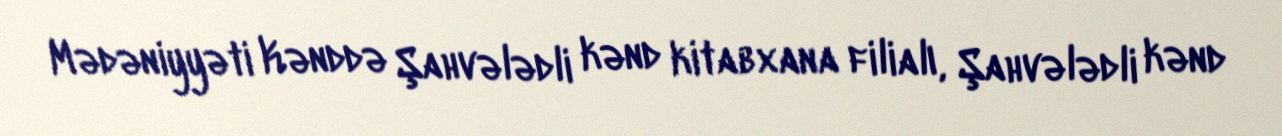
Mədəniyyəti Kənddə Şahvələdli kənd kitabxana filialı, Şahvələdli kənd